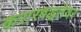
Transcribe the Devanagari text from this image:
करारबद्धतेवर